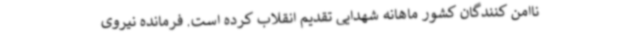
ناامن کنندگان کشور ماهانه شهدایی تقدیم انقلاب کرده است. فرمانده نیروی